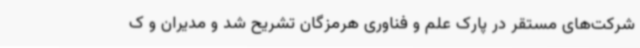
شرکت‌های مستقر در پارک علم و فناوری هرمزگان تشریح شد و مدیران و ک